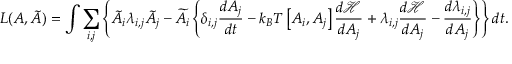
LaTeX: L ( A , { \tilde { A } } ) = \int \sum _ { i , j } \left\{ { \tilde { A } } _ { i } \lambda _ { i , j } { \tilde { A } } _ { j } - { \widetilde { A } } _ { i } \left\{ \delta _ { i , j } { \frac { d A _ { j } } { d t } } - k _ { B } T \left[ A _ { i } , A _ { j } \right] { \frac { d { \mathcal { H } } } { d A _ { j } } } + \lambda _ { i , j } { \frac { d { \mathcal { H } } } { d A _ { j } } } - { \frac { d \lambda _ { i , j } } { d A _ { j } } } \right\} \right\} d t .